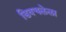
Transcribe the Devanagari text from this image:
डिवचलेला